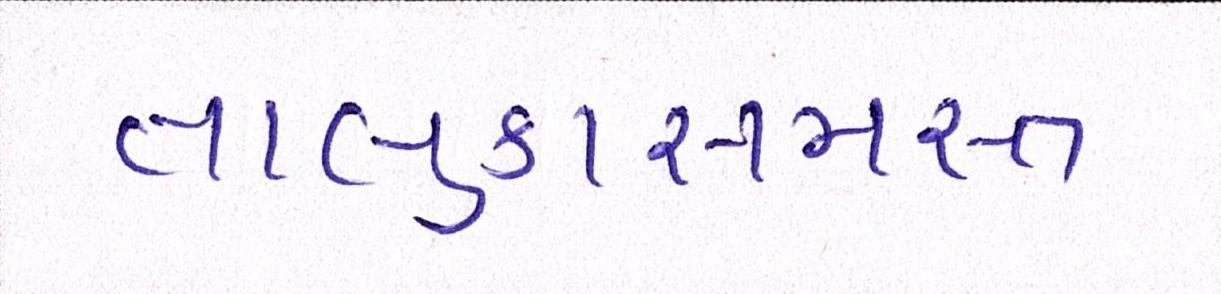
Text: તાલુકાસમસ્ત